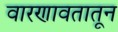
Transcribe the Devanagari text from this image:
वारणावतातून